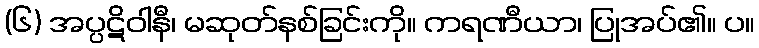
(၆) အပ္ပဋိဝါနီ၊ မဆုတ်နစ်ခြင်းကို။ ကရဏီယာ၊ ပြုအပ်၏။ ပ။